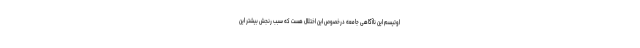
اوتیسم این ناآگاهی جامعه درخصوص این اختلال هست که سبب رنجش بیشتر این